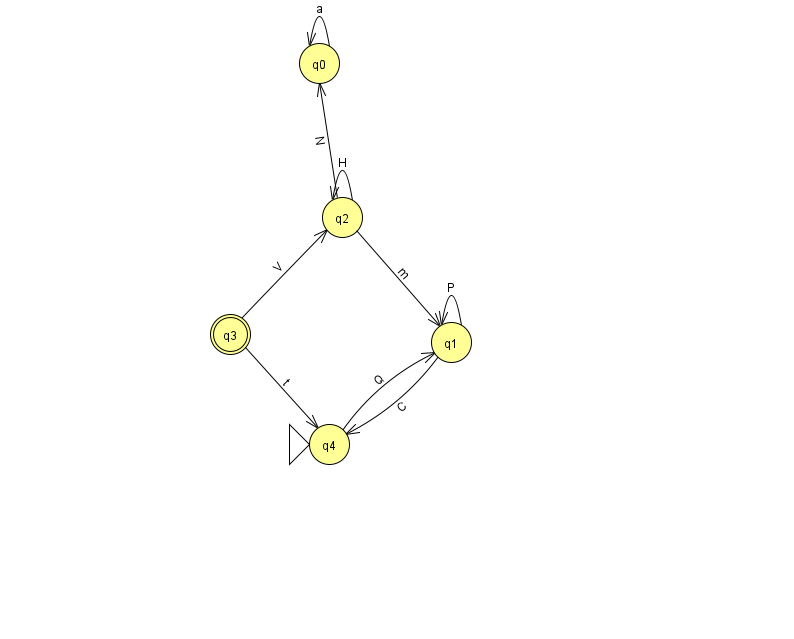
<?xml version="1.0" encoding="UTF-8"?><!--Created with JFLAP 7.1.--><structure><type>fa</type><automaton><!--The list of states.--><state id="0" name="q0"><x>319.0</x><y>50.0</y></state><state id="1" name="q1"><x>451.0</x><y>329.0</y></state><state id="2" name="q2"><x>342.0</x><y>204.0</y></state><state id="3" name="q3"><x>230.0</x><y>321.0</y><final/></state><state id="4" name="q4"><x>329.0</x><y>431.0</y><initial/></state><!--The list of transitions.--><transition><from>1</from><to>1</to><read>P</read></transition><transition><from>0</from><to>0</to><read>a</read></transition><transition><from>3</from><to>2</to><read>V</read></transition><transition><from>2</from><to>0</to><read>N</read></transition><transition><from>2</from><to>1</to><read>m</read></transition><transition><from>2</from><to>2</to><read>H</read></transition><transition><from>1</from><to>4</to><read>C</read></transition><transition><from>3</from><to>4</to><read>t</read></transition><transition><from>4</from><to>1</to><read>Q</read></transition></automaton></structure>